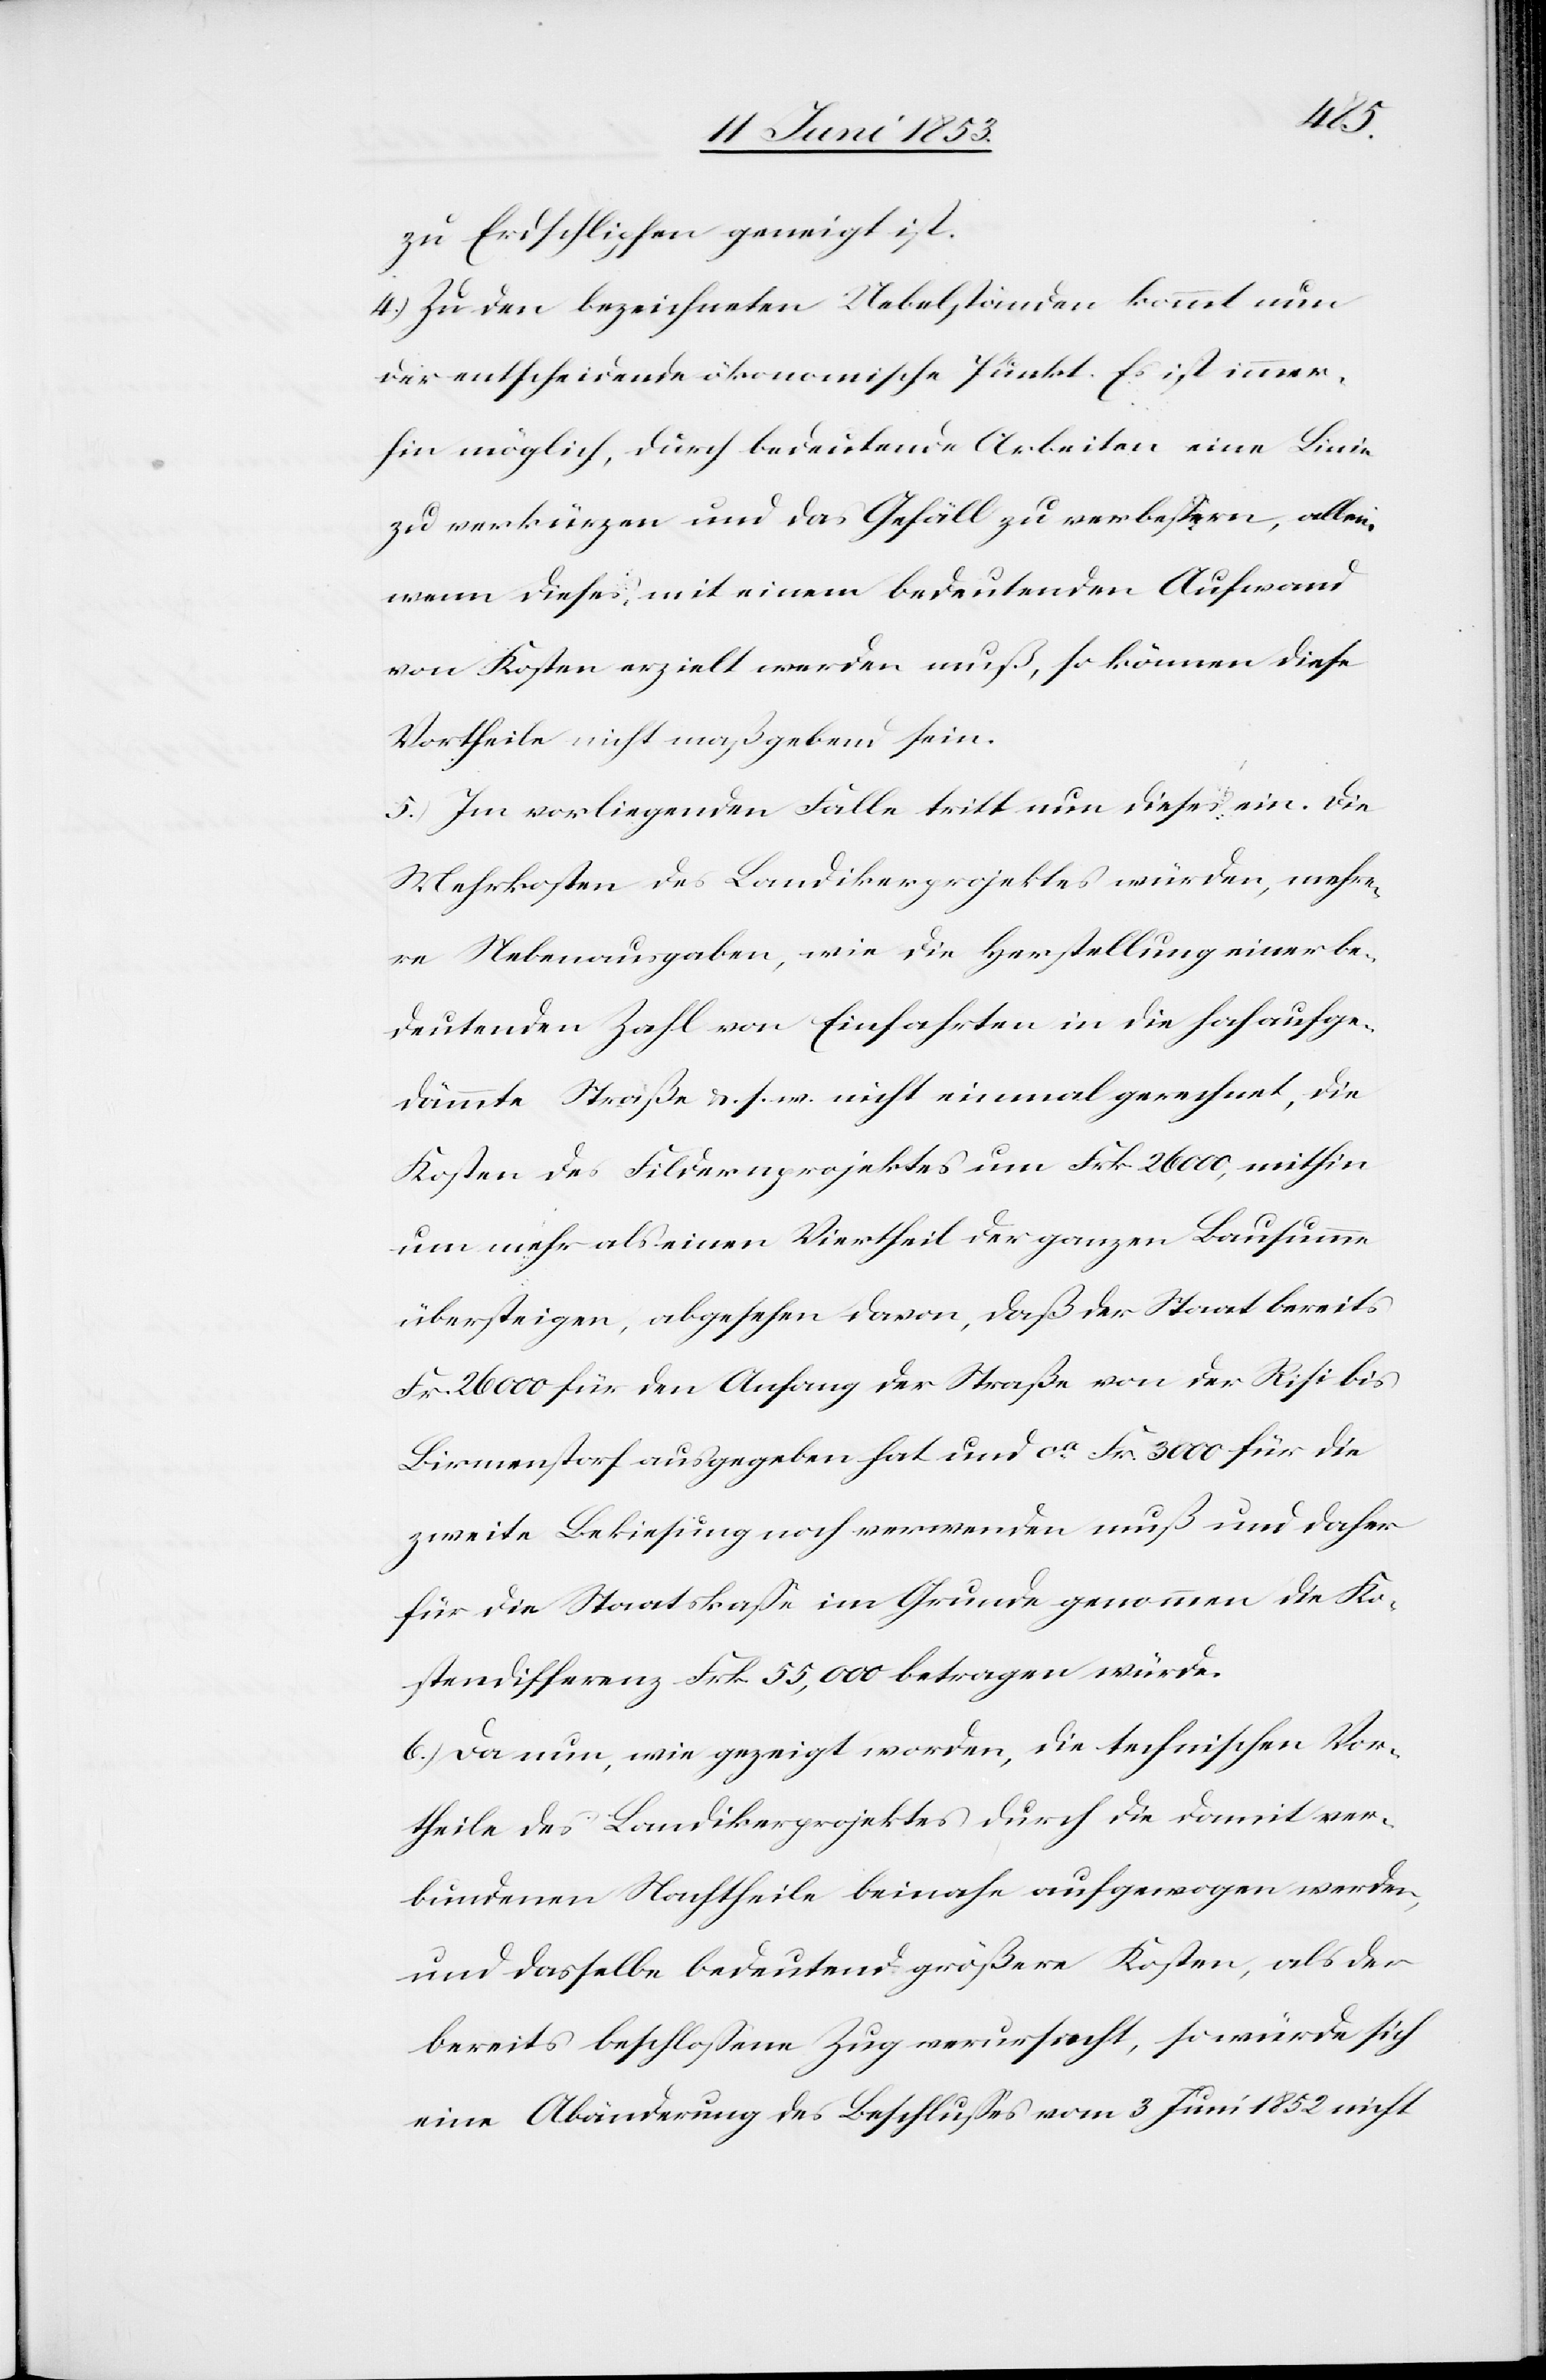
zu Erdschlipfen geneigt ist.
4.) Zu den bezeichneten Uebelständen kommt nun
der entscheidende ökonomische Punkt. Es ist immer¬
hin möglich, durch bedeutende Arbeiten eine Linie
zu verkürzen und das Gefäll zu verbeßern, allein
wenn dieses, mit einem bedeutenden Aufwand
von Kosten erzielt werden muß, so können diese
Vortheile nicht maßgebend sein.
5.) Im vorliegenden Falle tritt nun dieses ein. Die
Mehrkosten des Landikerprojektes würden, mehre¬
re Nebenausgaben, wie die Herstellung einer be¬
deutenden Zahl von Einfahrten in die hochaufge¬
dämmte Straße u. s. w. nicht einmal gerechnet, die
Kosten des Fildenprojektes um Frk. 26 000, mithin
um mehr als einen Viertheil der ganzen Bausumme
übersteigen, abgesehen davon, daß der Staat bereits
Frk. 26 000 für den Anfang der Straße von der Risi bis
Birmenstorf ausgegeben hat und ca. Frk. 3000 für die
zweite Bekiesung noch verwenden muß und daher
für die Staatskaße im Grunde genommen die Ko¬
stendifferenz Frk. 55,000 betragen würde.
b.) Da nun, wie gezeigt worden, die technischen Vor¬
theile des Landikerprojektes durch die damit ver¬
bundenen Nachtheile beinahe aufgewogen werden,
und dasselbe bedeutend größere Kosten, als der
bereits beschloßene Zug verursacht, so würde sich
eine Abänderung des Beschlußes vom 3 Juni 1852 nicht